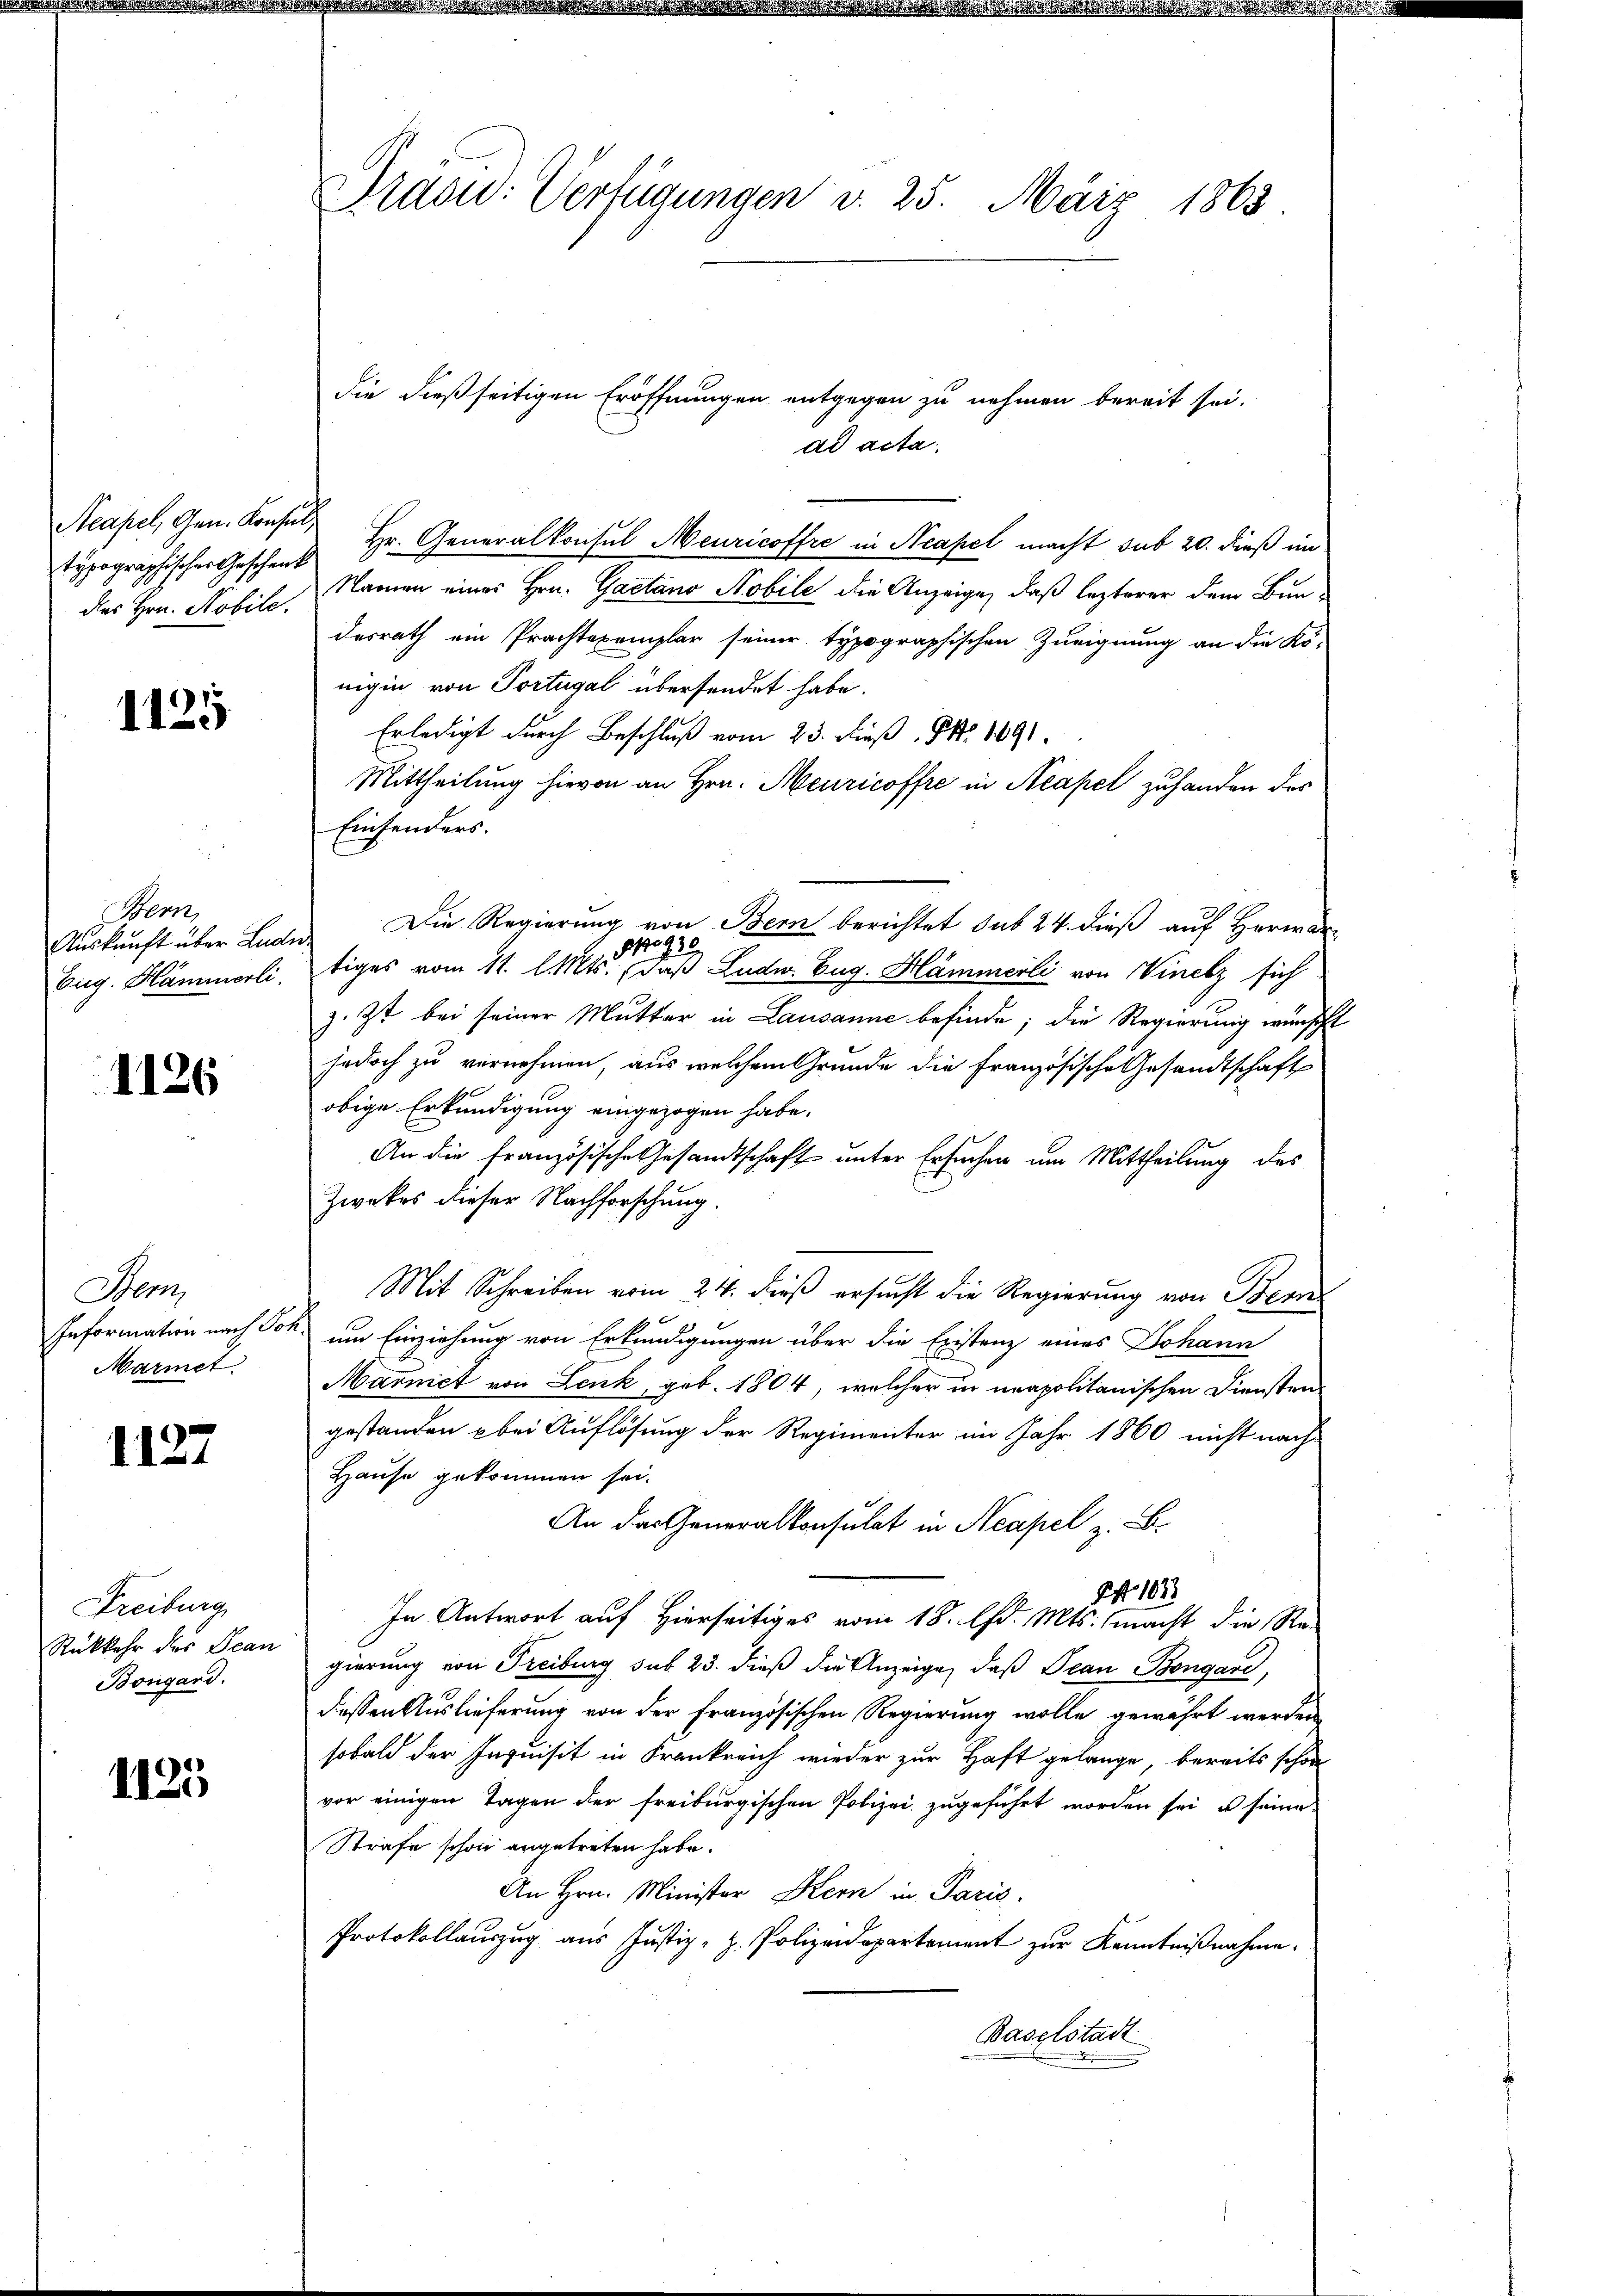
Acapel, Gen. Konsul
typographischer Geschenk
des Hrn. Nobile.

1125

Horn,

1126

Som
Marmet

1127

Freiburg
Rückkehr der Bean
Bongard.

1125

Dräs: Verfügungen d. 25. März 1863

ad acta
Namen einer Hrn. Gaetano Nobile die Anzeige, daß lezterer dem Bundesrath ein Prachtexemplar seiner typographischen Zueignung an die Kö-
nigin von Portugal übersendet habe.
Erledigt durch Beschluß vom 23. dieß. Nr. 1891
Mittheilung hievon an Hrn. Meuricoffre in Neapel zuhanden des
Einsenders.
Aŭskŭnft über Luder Die Regierŭng von Bern berichtet sub 24 dieβ aŭf herwar-
p. 930
Eug. Hämmerli, tiges vom 11. l. Mts. daß Ludw. Eug. Hämmerli von Vinelz sich
z. Zt. bei seiner Mutter in Lausanne befinde; die Regierung wünscht
jedoch zu vernehmen, aus welchem Grunde die Französische Gesandtschaft
obige Erkundigung eingezogen habe.
An die französische Gesandtschaft unter Ersuchen um Mittheilung des
Zwekes dieser Nachforschung.
Mit Schreiben vom 24. dieß ersucht die Regierung von Bern
Information nach Jos. um Einziehung von Erkundigungen über die Existenz eines Johann
Marmet von Lenk, geb. 1804, welcher in unapolitanischen Diensten
gestanden bei Auflösung der Regimenter im Jahr 1860 nicht nach
Hause gekommen sei.
An das Generalkonsulat in Neapel z. B.
PA 103
In Antwort auf Hierseitiges vom 18. d. Mts. macht die Re-
gierung von Freiburg sub 23. dieß die Anzeige, daß Decan Bongare,
dessen Auslieferung von der französischen Regierung wolle gewährt werden
sobald der Inquisit in Frankreich wieder zur Haft gelange, bereits schon
vor einigen Tagen der freiburgischen Polizei zugeführt worden sei, u seine
Strafe schon angetreten habe.
An Hrn. Minister Kern in Paris.
Protokollauszug aus Justiz- z. Polizeidepartement zur Kenntnißnahme.
Baselstadt

die dießseitigen Eröffnungen entgegen zu nehmen bereit sei.
Hr. Generalkonsul Meuricoffre in Neapel macht sub. 20. dieß im